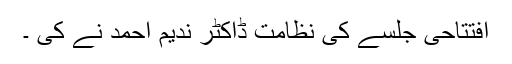
افتتاحی جلسے کی نظامت ڈاکٹر ندیم احمد نے کی ۔